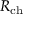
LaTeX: R _ { \mathrm { c h } }